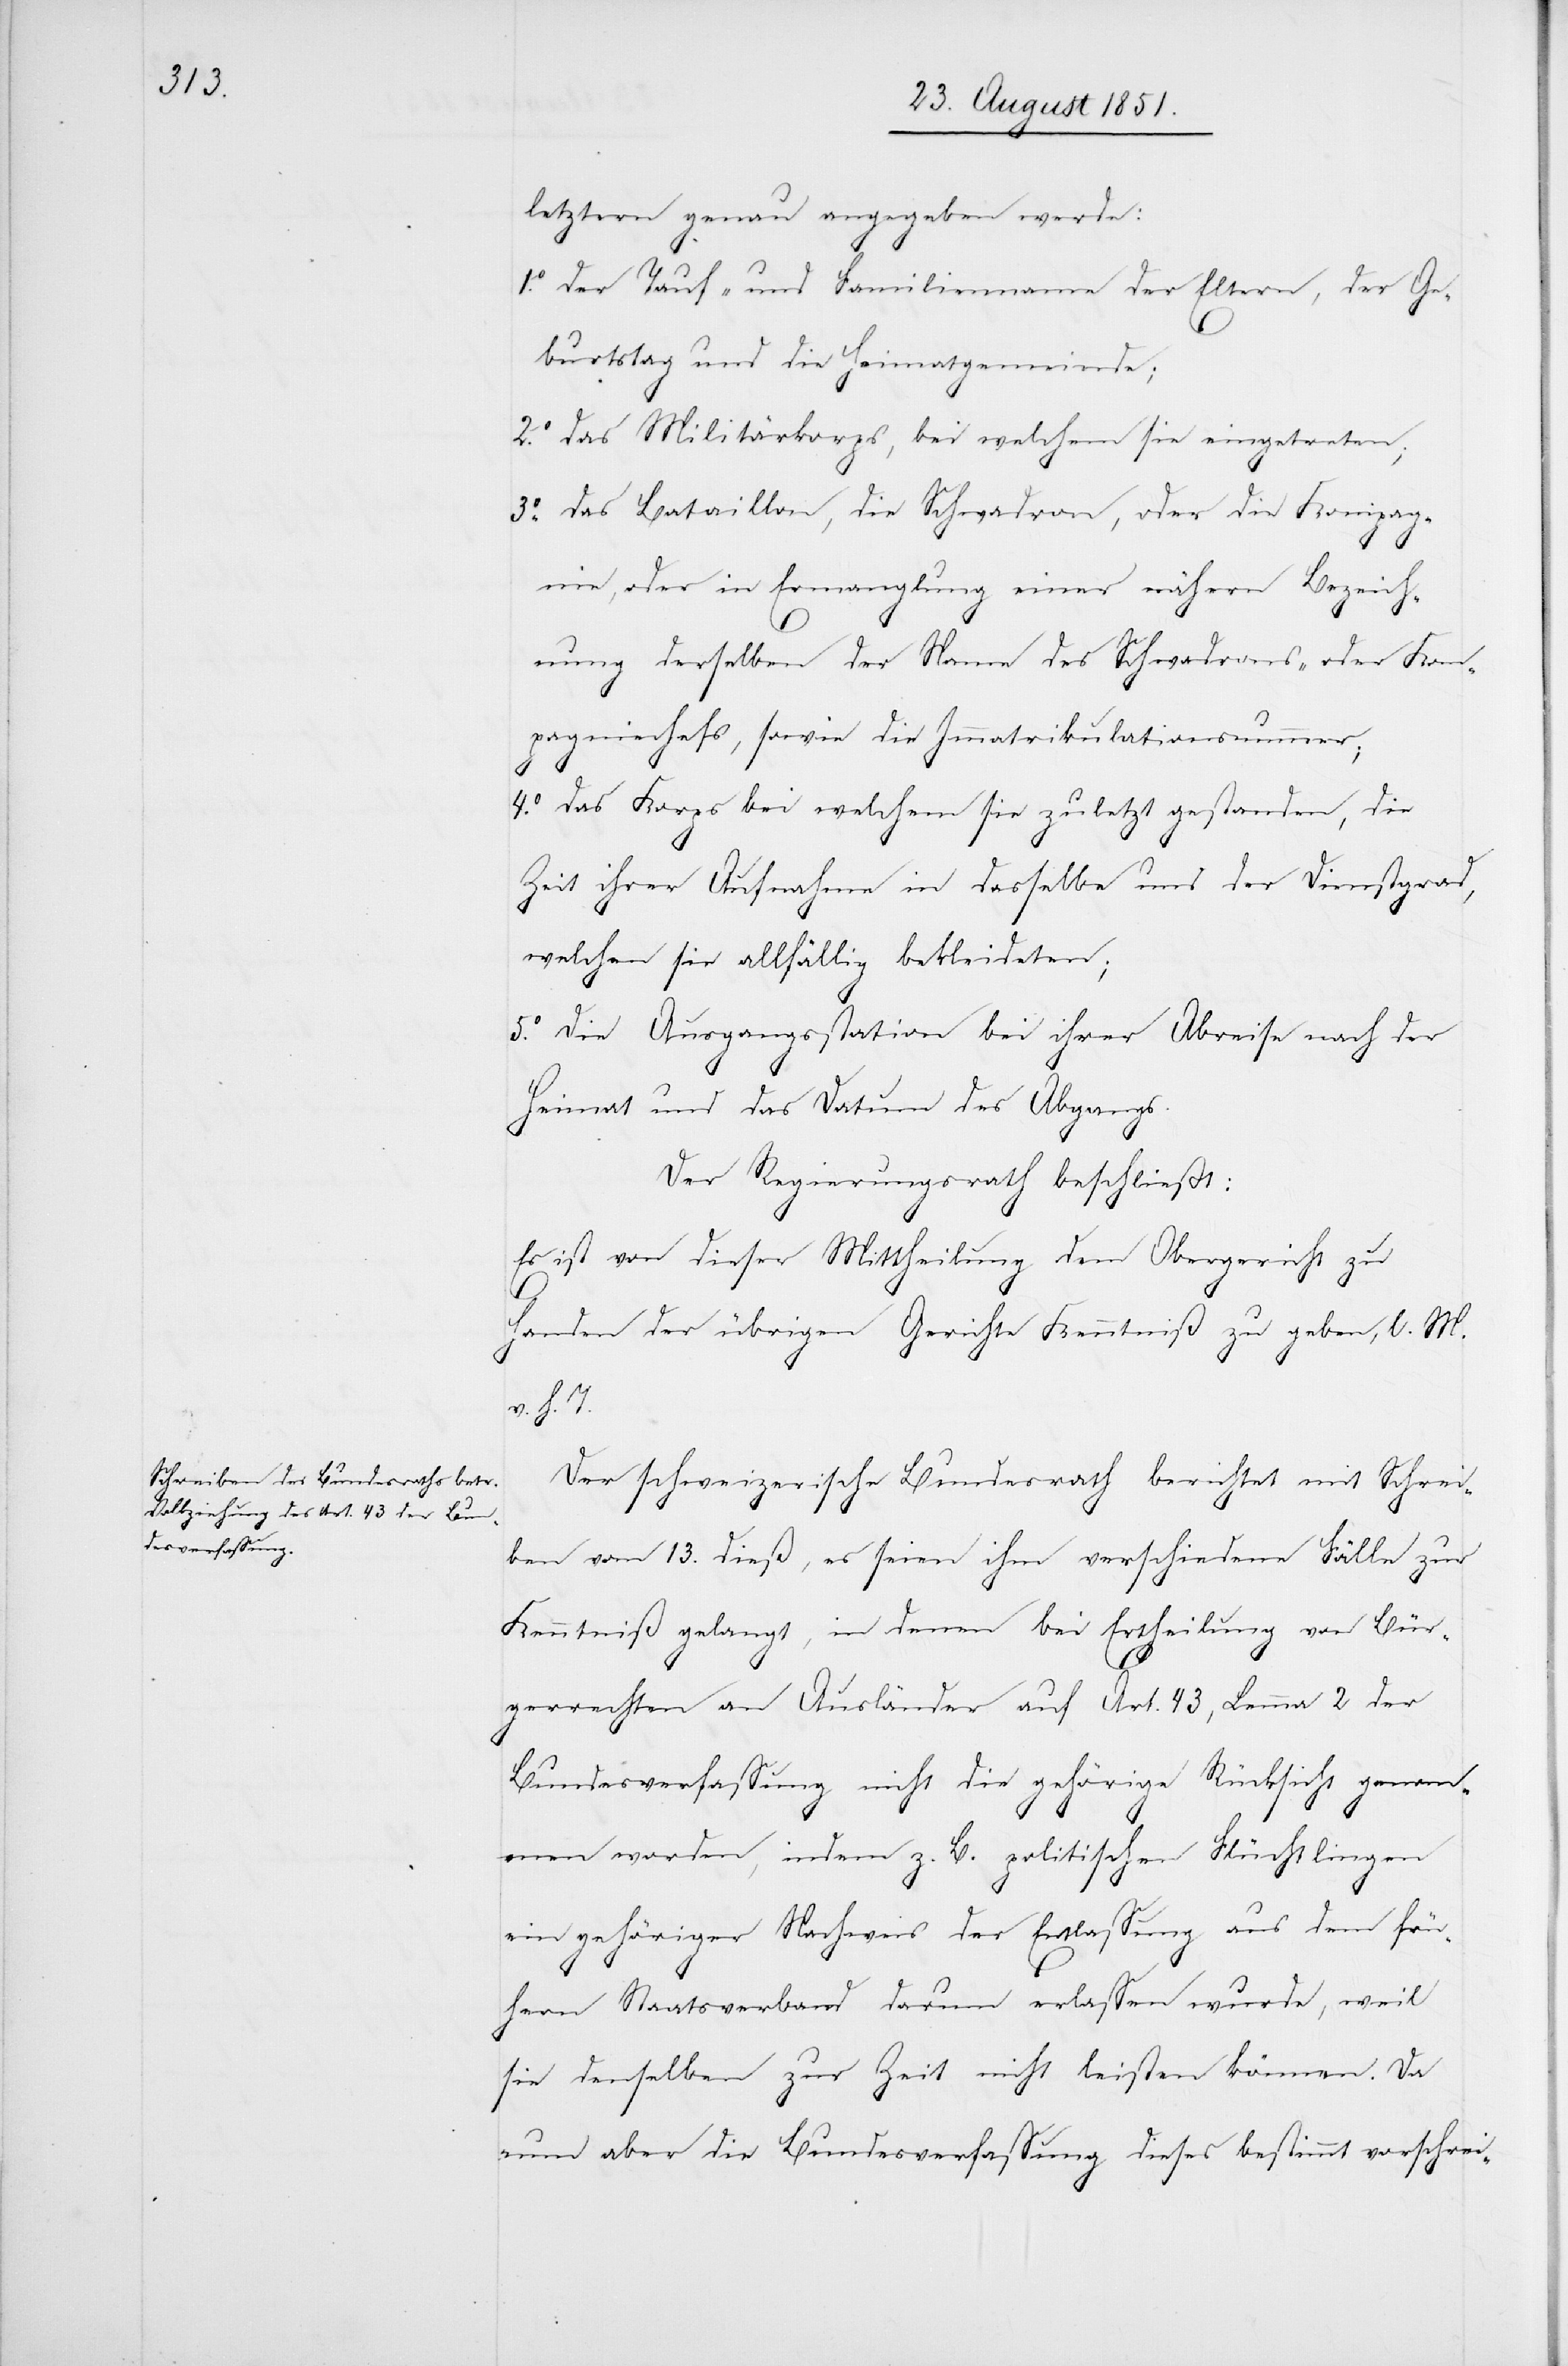
3.o

letztern genau angegeben werde:
der Tauf- und Familienname der Eltern, der Ge¬
burtstag und die Heimatgemeinde;
das Militärkorps, bei welchem sie eingetreten;
das Bataillon, die Schwadron, oder die Kompag¬
nie, oder in Ermanglung einer nähern Bezeich¬
nung derselben der Name des Schwadrons- oder Kom¬
pagniechefs, sowie die Immatrikulationsnummer;
4.o
das Korps bei welchem sie zuletzt gestanden, die
Zeit ihrer Aufnahme in dasselbe und der Dienstgrad,
welchen sie allfällig bekleideten;
Die Ausgangsstation bei ihrer Abreise nach der
Heimat und das Datum des Abgangs.
Der Regierungsrath beschließt:
Es ist von dieser Mittheilung dem Obergericht zu
Handen der übrigen Gerichte Kenntniß zu geben, l. M.
v. h. T.
Der schweizerische Bundesrath berichtet mit Schrei¬
ben vom 13. dieß, es seien ihm verschiedene Fälle zur
Kenntniß gelangt, in denen bei Ertheilung von Bür¬
gerrechten an Ausländer auf Art. 43, Lemma 2 der
Bundesverfassung nicht die gehörige Rücksicht genom¬
5.o
men worden, indem z. B. politischen Flüchtlingen
ein gehöriger Nachweis der Entlassung aus dem frü¬
hern Staatsverband darum erlassen wurde, weil
sie denselben zur Zeit nicht leisten können. Da
nun aber die Bundesverfassung dieses bestimmt vorschrei-